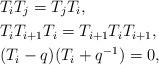
LaTeX: \begin{align*}&T_iT_j=T_jT_i,&&\\&T_iT_{i+1}T_{i}=T_{i+1}T_iT_{i+1},&&\\&(T_i-q)(T_i+q^{-1})=0,&&\end{align*}